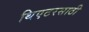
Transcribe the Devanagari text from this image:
थिएटरसाठी